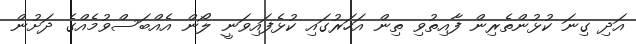
އަދި ގިނަ ކުޅުންތެރިން ފާއިތުވި ތިން އަހަރުގައި ކުޅެފައިވަނީ ލޯން އެއްބަސްވުމެއްގެ ދަށުން